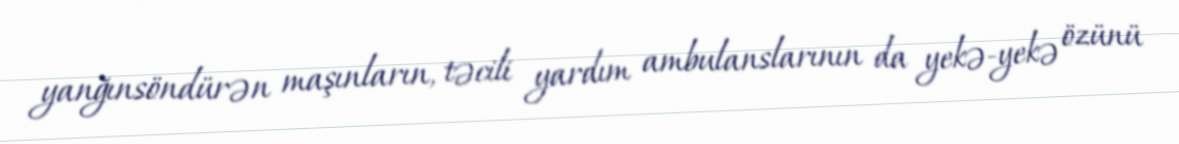
yanğınsöndürən maşınların, təcili yardım ambulanslarının da yekə-yekə özünü